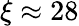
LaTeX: \xi\approx 28